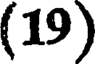
(19)